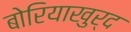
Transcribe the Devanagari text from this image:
बोरियाखुर्द